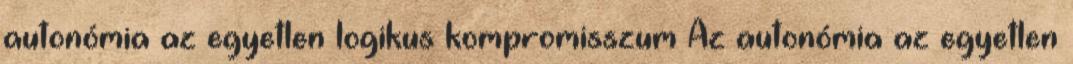
autonómia az egyetlen logikus kompromisszum Az autonómia az egyetlen